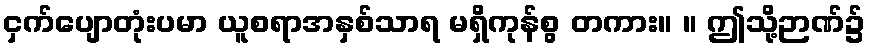
ငှက်ပျောတုံးပမာ ယူစရာအနှစ်သာရ မရှိကုန်စွ တကား။ ။ ဤသို့ဉာဏ်၌